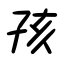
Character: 孩